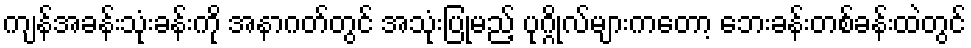
ကျန်အခန်းသုံးခန်းကို အနာဂတ်တွင် အသုံးပြုမည့် ပုဂ္ဂိုလ်များကတော့ ဘေးခန်းတစ်ခန်းထဲတွင်